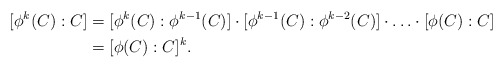
\begin{align*}[\phi^k(C):C]&=[\phi^k(C):\phi^{k-1}(C)]\cdot[\phi^{k-1}(C):\phi^{k-2}(C)]\cdot\ldots\cdot[\phi(C):C]\\&=[\phi(C):C]^k.\end{align*}